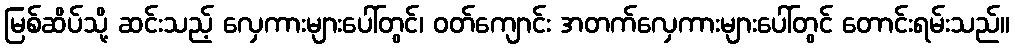
မြစ်ဆိပ်သို့ ဆင်းသည့် လှေကားများပေါ်တွင်၊ ဝတ်ကျောင်း အတက်လှေကားများပေါ်တွင် တောင်းရမ်းသည်။